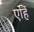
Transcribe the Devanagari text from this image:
एहिं